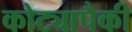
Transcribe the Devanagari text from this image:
कोट्यापैकी